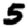
Digit: 5